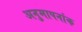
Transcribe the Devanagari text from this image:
अनुमापनांक